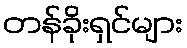
တန်ခိုးရှင်များ